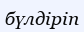
бүлдіріп